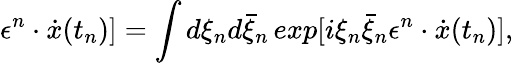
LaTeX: \epsilon^{n}\cdot\dot{x}(t_{n})]=\int d\xi_{n}d\bar{\xi}_{n}\, exp[i\xi_{n}\bar{\xi}_{n}\epsilon^{n}\cdot\dot{x}(t_{n})],